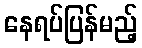
နေရပ်ပြန်မည့်